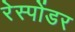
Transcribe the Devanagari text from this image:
रेस्पोंडर